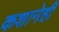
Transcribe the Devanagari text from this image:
कशानेही